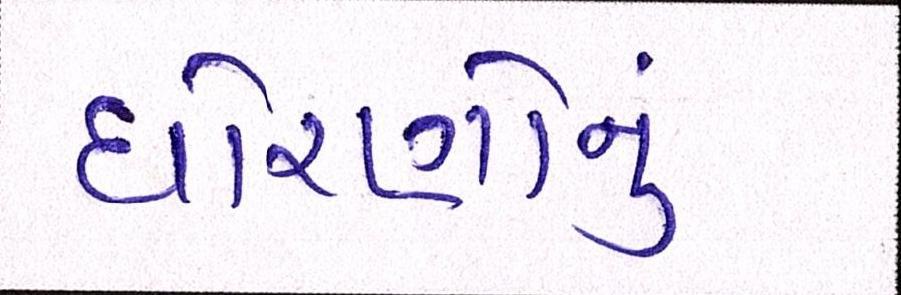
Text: ધોરણોનું